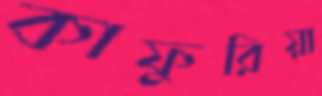
কাফুরিয়া